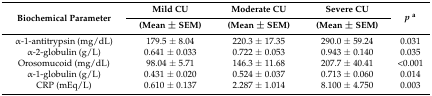
| <ROWSPAN=2> Biochemical Parameter | Mild CU | Moderate CU | Severe CU | <ROWSPAN=2> pa |
 | (Mean ± SEM) | (Mean ± SEM) | (Mean ± SEM) |
 | --- | --- | --- | --- | --- |
 | α-1-antitrypsin (mg/dL) | 179.5 ± 8.04 | 220.3 ± 17.35 | 290.0 ± 59.24 | 0.031 |
 | α-2-globulin (g/L) | 0.641 ± 0.033 | 0.722 ± 0.053 | 0.943 ± 0.140 | 0.035 |
 | Orosomucoid (mg/dL) | 98.04 ± 5.71 | 146.3 ± 11.68 | 207.7 ± 40.41 | <0.001 |
 | α-1-globulin (g/L) | 0.431 ± 0.020 | 0.524 ± 0.037 | 0.713 ± 0.060 | 0.014 |
 | CRP (mEq/L) | 0.610 ± 0.137 | 2.287 ± 1.014 | 8.100 ± 4.750 | 0.003 |